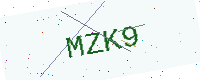
Text: MZK9